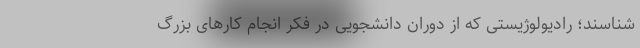
شناسند؛ رادیولوژیستی که از دوران دانشجویی در فکر انجام کارهای بزرگ